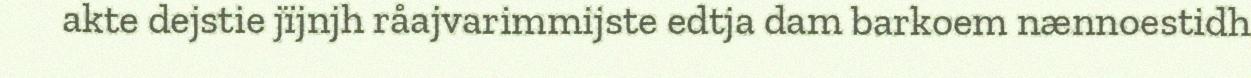
akte dejstie jïjnjh råajvarimmijste edtja dam barkoem nænnoestidh